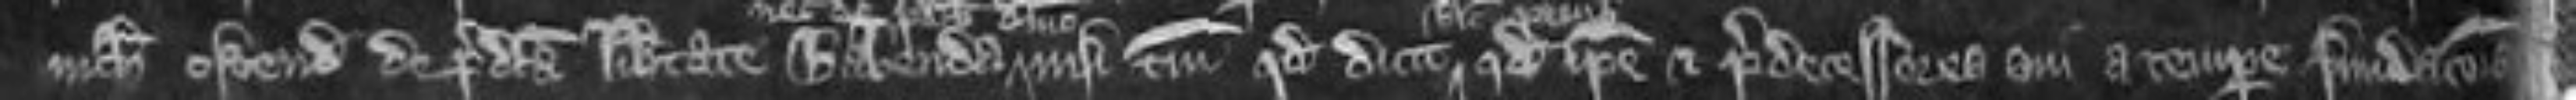
nichil ostendit de predicta libertate habenda nisi tantum quod dicit quod ipse et predecessores sui a tempore fundacionis